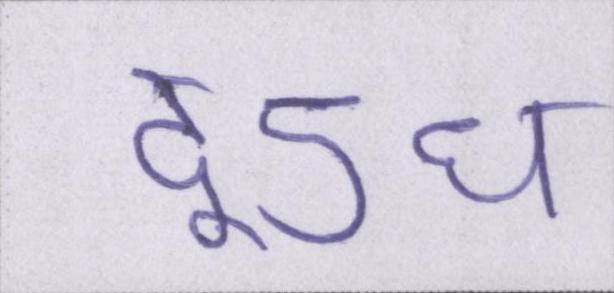
दूऽध